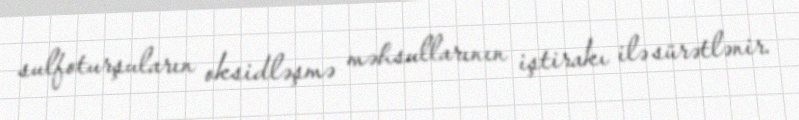
sulfoturşuların oksidləşmə məhsullarının iştirakı ilə sürətlənir.